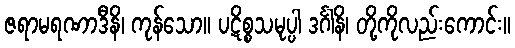
ဇရာမရဏာဒီနိ၊ ကုန်သော။ ပဋိစ္စသမုပ္ပါ ဒင်္ဂါနိ၊ တို့ကိုလည်းကောင်း။